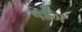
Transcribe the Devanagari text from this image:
पेईज